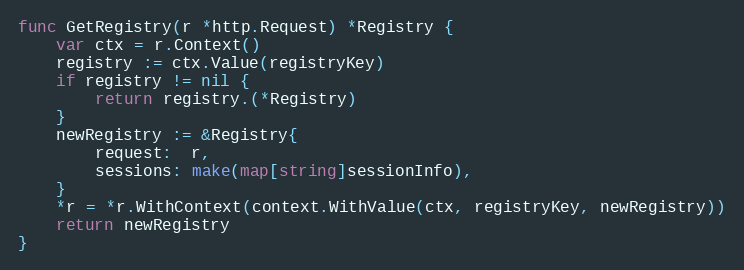
Language: Go
func GetRegistry(r *http.Request) *Registry {
	var ctx = r.Context()
	registry := ctx.Value(registryKey)
	if registry != nil {
		return registry.(*Registry)
	}
	newRegistry := &Registry{
		request:  r,
		sessions: make(map[string]sessionInfo),
	}
	*r = *r.WithContext(context.WithValue(ctx, registryKey, newRegistry))
	return newRegistry
}